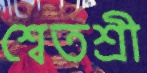
শ্বেতশ্রী